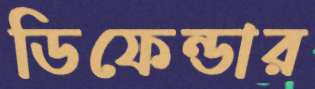
ডিফেন্ডার